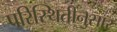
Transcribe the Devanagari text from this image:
परिस्थितींनुसार